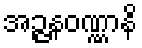
အဉ္ဇနဝဏ္ဏာနိ